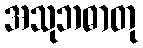
အသုဘဓာတု